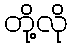
တို့လို